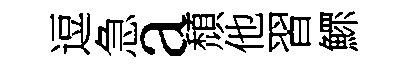
逗急a頹他習鰥